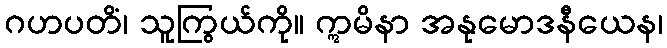
ဂဟပတိံ၊ သူကြွယ်ကို။ ဣမိနာ အနုမောဒနီယေန၊